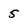
Character: 5